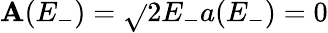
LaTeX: \mathbf{A}(E_{-})=\sqrt{}{{2E_{-}}}a(E_{-})=0